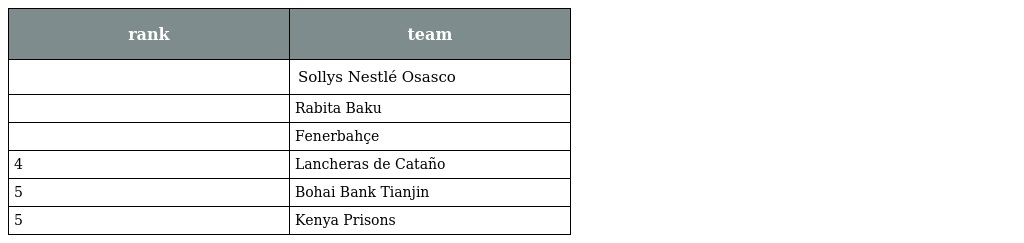
| rank | team |
 | --- | --- |
 |  | Sollys Nestlé Osasco |
 |  | Rabita Baku |
 |  | Fenerbahçe |
 | 4 | Lancheras de Cataño |
 | 5 | Bohai Bank Tianjin |
 | 5 | Kenya Prisons |